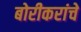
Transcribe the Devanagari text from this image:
बोरीकरांचे